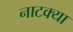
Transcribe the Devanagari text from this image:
नाटक्या